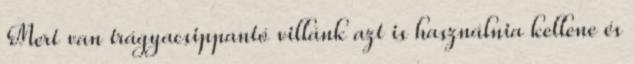
Mert van trágyacsippantó villánk azt is használnia kellene és